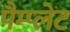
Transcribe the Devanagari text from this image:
पैम्प्लेट